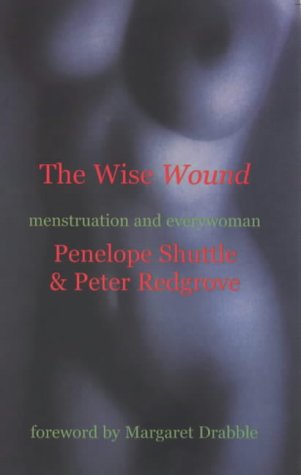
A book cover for The Wise Wound: Menstruation and Everywoman; Penelope Shuttle; Politics & Social Sciences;